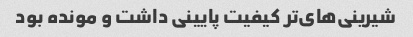
شیرینی‌های‌تر کیفیت پایینی داشت و مونده بود